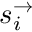
s _ { i } ^ { \rightarrow }